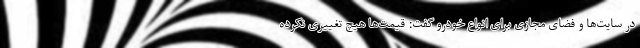
در سایت‌ها و فضای مجازی برای انواع خودرو گفت: قیمت‌ها هیچ تغییری نکرده